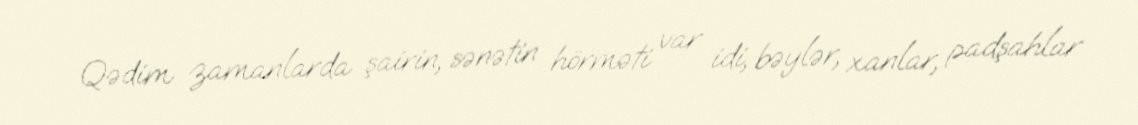
Qədim zamanlarda şairin, sənətin hörməti var idi, bəylər, xanlar, padşahlar